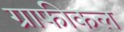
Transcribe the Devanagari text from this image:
ग्राफीकल